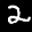
Label: 2